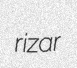
rizar